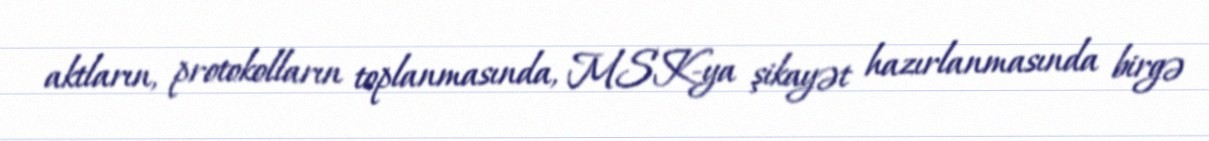
aktların, protokolların toplanmasında, MSK-ya şikayət hazırlanmasında birgə